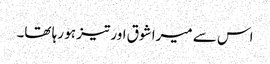
اس سے میرا شوق اور تیز ہو رہا تھا۔